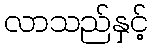
လာသည်နှင့်